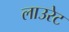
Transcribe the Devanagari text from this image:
लाउरेट